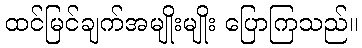
ထင်မြင်ချက်အမျိုးမျိုး ပြောကြသည်။